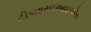
ટીઆરઇઆઇએસ